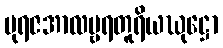
မုရဇအာလမ္ဗရတူရိယဃုဋ္ဌော